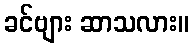
ခင်ဗျား ဆာသလား။